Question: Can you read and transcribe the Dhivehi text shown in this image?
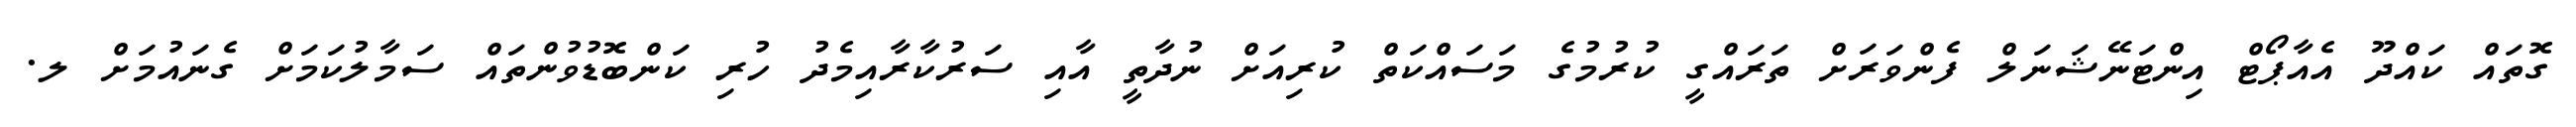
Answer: ގޮތައް ކައްދޫ އެއާޕޯޓް އިންޓަނޭޝަނަލް ފެންވަރަށް ތަރައްގީ ކުރުމުގެ މަސައްކަތް ކުރިއަށް ނުދާތީ އާއި ސަރުކާރާއިމެދު ހުރި ކަންބޮޑުވުންތައް ސަމާލުކަމަށް ގެނައުމަށް ލ.